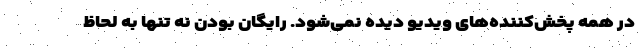
در همه پخش‌کننده‌های ویدیو دیده نمی‌شود. رایگان بودن نه تنها به لحاظ